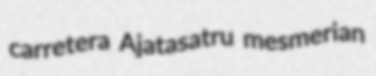
carretera Ajatasatru mesmerian